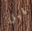
قبل